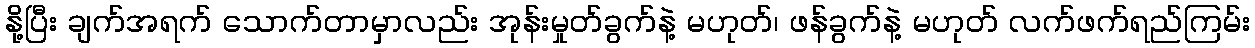
နို့ပြီး ချက်အရက် သောက်တာမှာလည်း အုန်းမှုတ်ခွက်နဲ့ မဟုတ်၊ ဖန်ခွက်နဲ့ မဟုတ် လက်ဖက်ရည်ကြမ်း